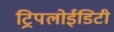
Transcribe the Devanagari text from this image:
ट्रिपलोईडिटी